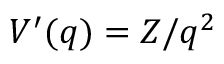
V ^ { \prime } ( q ) = Z / q ^ { 2 }